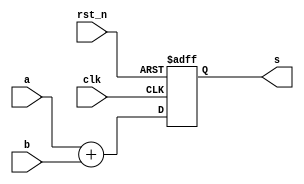
module adder (
    input clk, rst_n,
    input [3:0] a, b,

    output reg [3:0] s
);
    always @(posedge clk or negedge rst_n) begin
        if (rst_n == 1'b0) begin
            s <= 0;
        end else begin
            s <= a + b;
        end
    end
endmodule